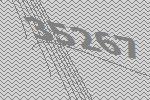
35267